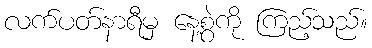
လက်ပတ်နာရီမှ နေ့စွဲကို ကြည့်သည်။